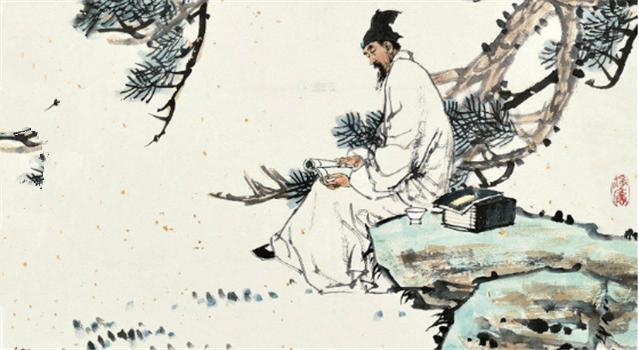
此日六军同驻马，当时七夕笑牵牛。